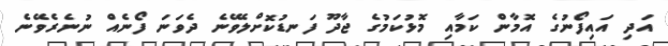
އަދި އައިފޯނުގެ އޮމާން ކަމާއި މޮޅުކަމުގެ ޖާދޫ ފަނޑުކޮށްލެވޭނެ ދެވަނަ ފޯނެއް ނުނެރެވޭނެ